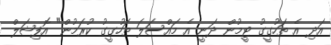
އަދި އެ ތަހުގީގު ޓީމުން ދަނީ އެ މައްސަލަ ތަހުގީގު ކުރަމުން" އޮފިޝަލް